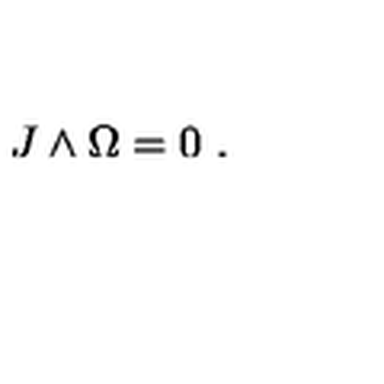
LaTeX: J \wedge \Omega = 0 \ .